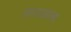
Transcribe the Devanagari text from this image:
लाउआला